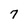
Character: 7